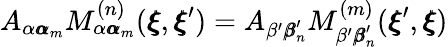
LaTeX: A_{\alpha{\pmb\alpha}_{m}}M_{\alpha{\pmb\alpha}_{m}}^{(n)}({\pmb\xi},{\pmb\xi}^{\prime})=A_{\beta^{\prime}{\pmb\beta}_{n}^{\prime}}M_{\beta^{\prime}{\pmb\beta}_{n}^{\prime}}^{(m)}({\pmb\xi}^{\prime},{\pmb\xi})